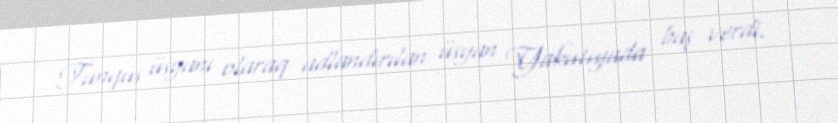
Tunqus üsyanı olaraq adlandırılan üsyan Yakutiyada baş verdi.